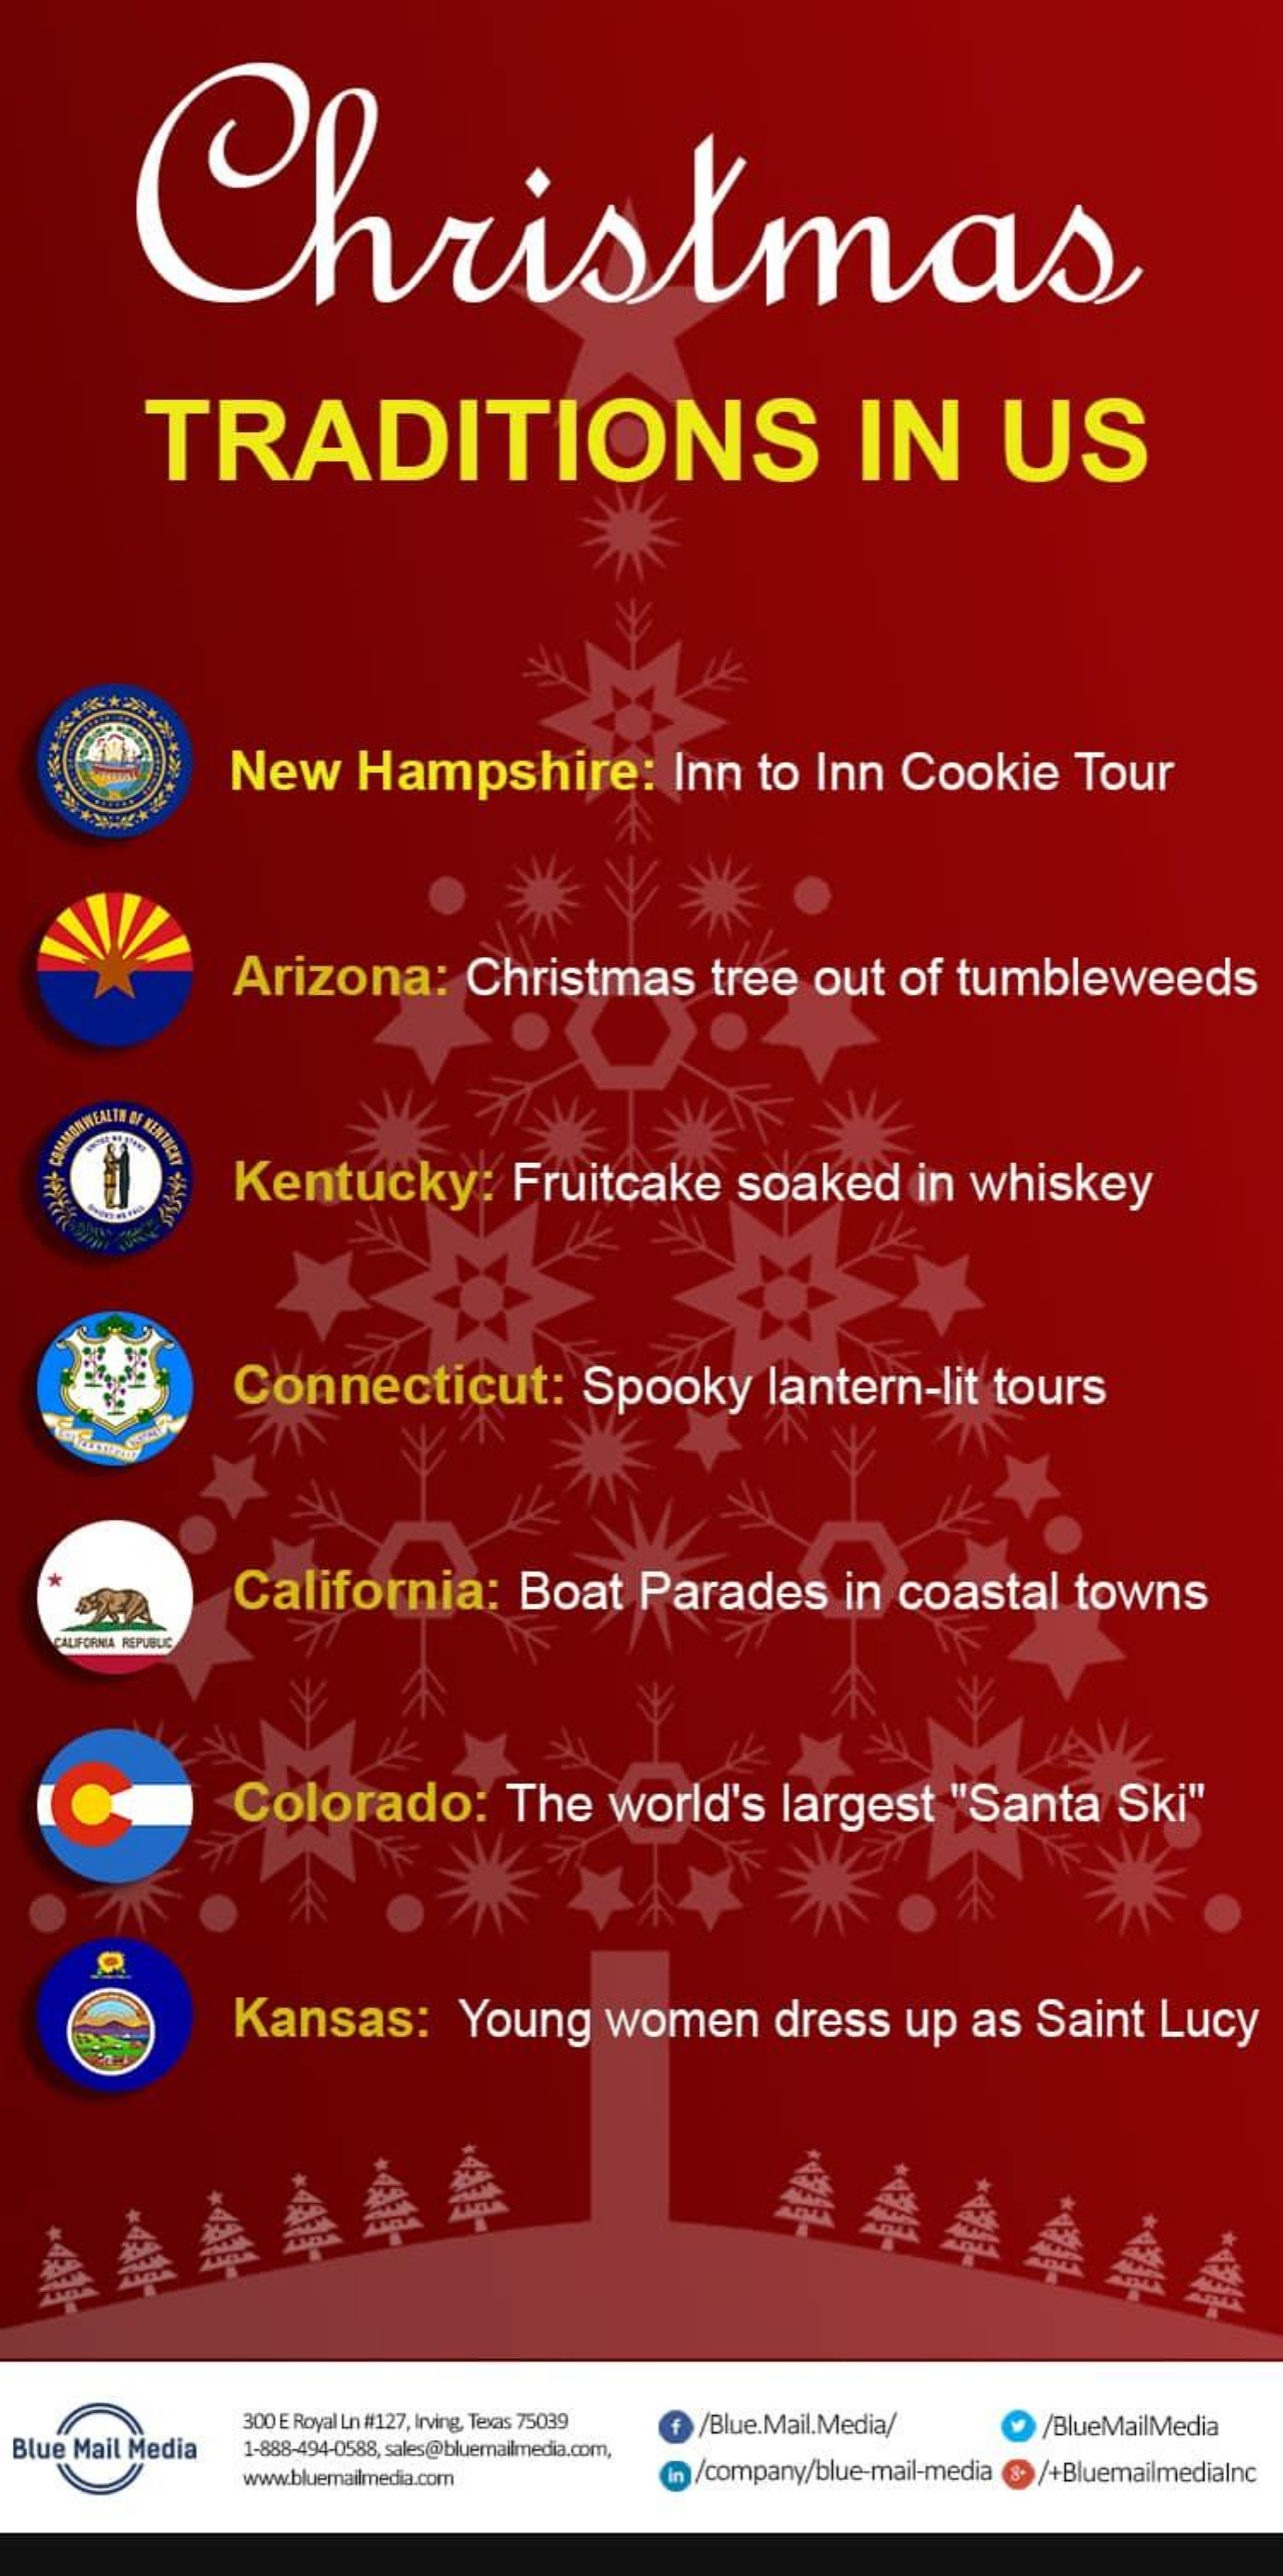
Christmas
     TRADITIONS    IN    US
     New    Hampshire:    Inn   to Inn   Cookie    Tour
     Arizona:    Christmas    tree   out   of  tumbleweeds
     Kentucky:    Fruitcake    soaked    in  whiskey
     Connecticut:    Spooky    lantern-lit    tours
     California:    Boat    Parades    in coastal    towns
    CALIFORNIA REPUBLIC
     Colorado:    The    world's    largest    "Santa    Ski"
     Kansas:    Young    women    dress   up   as  Saint    Lucy
  Blue Mail Media
     300 E Royal Ln #127, Irving, Texas 75039 f /Blue.Mail.Media/
     1-888-494-0588, sales@bluemailmedia.com,
     /BlueMailMedia
     www.bluemailmedia.com    in /company/blue-mail-media (3. /+BluemailmediaInc